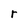
Character: r